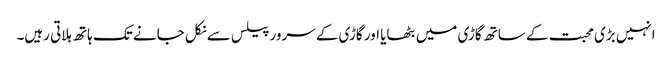
انہیں بڑی محبت کے ساتھ گاڑی میں بٹھایا اور گاڑی کے سرور پیلس سے نکل جانے تک ہاتھ ہلاتی رہیں۔